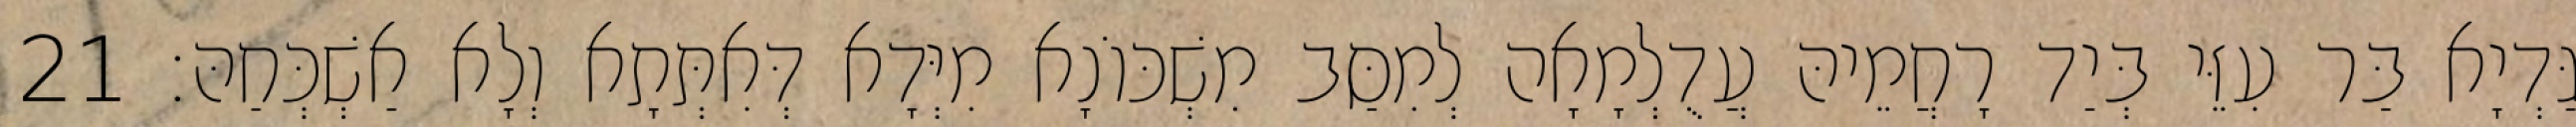
גַּדְיָא בַּר עִזֵּי בְּיַד רָחֲמֵיהּ עֲדֻלְמָאָה לְמִסַּב מִשְׁכּוֹנָא מִיְּדָא דְּאִתְּתָא וְלָא אַשְׁכְּחַהּ׃ 21